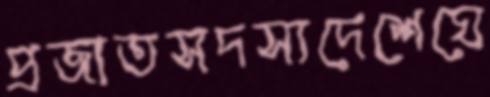
প্রজাতসদস্যদেশেঘে